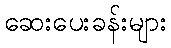
ဆေးပေးခန်းများ